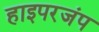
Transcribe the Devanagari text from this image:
हाइपरजंप